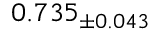
0 . 7 3 5 _ { \pm 0 . 0 4 3 }